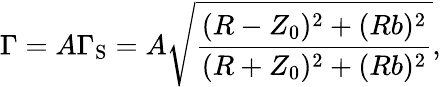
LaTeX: \Gamma=A\Gamma_{\mathrm{S}}=A\sqrt{\frac{(R-Z_{0})^{2}+(Rb)^{2}}{(R+Z_{0})^{2}+(Rb)^{2}}},